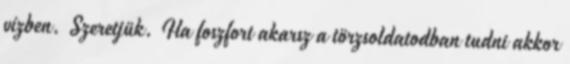
vízben. Szeretjük. Ha foszfort akarsz a törzsoldatodban tudni akkor